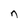
Character: n